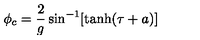
\phi _ { c } = \frac { 2 } { g } \sin ^ { - 1 } [ \tanh ( \tau + a ) ]